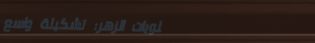
حلويات الزهر: تشكيلة واسع